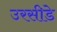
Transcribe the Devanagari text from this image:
उरसीडे